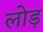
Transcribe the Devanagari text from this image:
लोड़